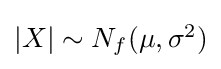
{\textstyle {\left|X\right|\sim N_{f}(\mu ,\sigma ^{2})}}